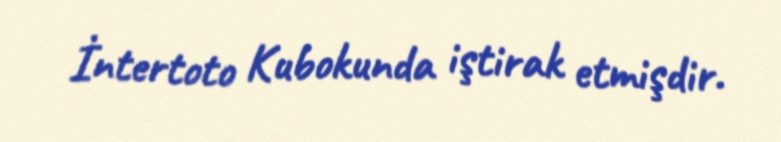
İntertoto Kubokunda iştirak etmişdir.